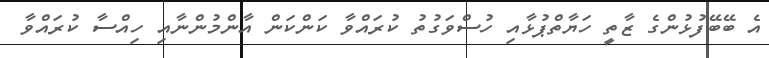
އެ ބޭބޭފުޅުންގެ ޒާތީ ހަޔާތްޕުޅާއި ހުސްވަގުތު ކުރައްވާ ކަންކަން އާންމުންނާއި ހިއްސާ ކުރައްވާ